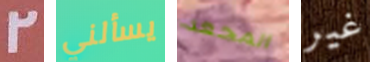
2 يسألني المجعد غير